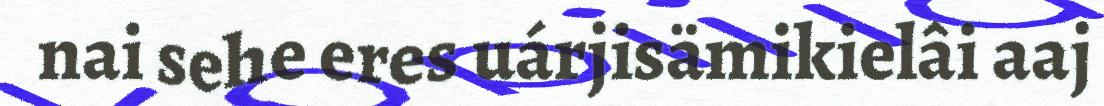
nai sehe eres uárjisämikielâi aaj